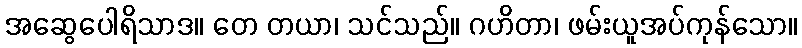
အဆွေပေါရိသာဒ။ တေ တယာ၊ သင်သည်။ ဂဟိတာ၊ ဖမ်းယူအပ်ကုန်သော။